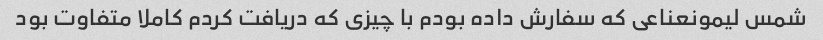
شمس لیمونعناعی که سفارش داده بودم با چیزی که دریافت کردم کاملا متفاوت بود